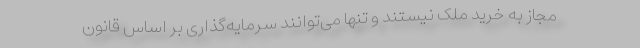
مجاز به خرید ملک نیستند و تنها می‌توانند سرمایه‌گذاری بر اساس قانون